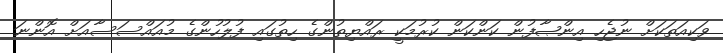
ވަކިއަތަކަށް ނުޖެހި އިންޞާފުން ކަންކަން ކުރުމަކީ ރައްޔިތުންގެ ހިތުގައި ފުލުހުންގެ މުއައްސަސާއަށް އޮންނަ